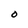
Character: O